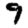
Digit: 9